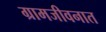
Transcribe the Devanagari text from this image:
ग्रामजीवनात